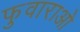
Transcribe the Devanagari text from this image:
फुवाराओ